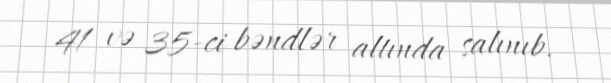
41 və 35-ci bəndlər altında salınıb.